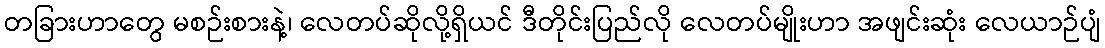
တခြားဟာတွေ မစဉ်းစားနဲ့၊ လေတပ်ဆိုလို့ရှိယင် ဒီတိုင်းပြည်လို လေတပ်မျိုးဟာ အဖျင်းဆုံး လေယာဉ်ပျံ